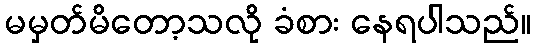
မမှတ်မိတော့သလို ခံစား နေရပါသည်။